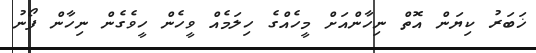
ޚަބަރު ކިޔަން އޮތް ނިހާންއަށް މީހެއްގެ ހިލަމެއް ވީހެން ހީވެގެން ނިހާން ފޯނު